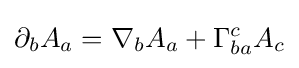
\partial _{b}A_{a}=\nabla _{b}A_{a}+\Gamma _{ba}^{c}A_{c}